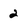
Character: 2